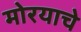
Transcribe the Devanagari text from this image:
मोरयाचे